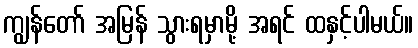
ကျွန်တော် အမြန် သွားရမှာမို့ အရင် ထနှင့်ပါမယ်။